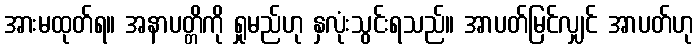
အားမထုတ်ရ။ အနာပတ္တိကို ရှုမည်ဟု နှလုံးသွင်းရသည်။ အာပတ်မြင်လျှင် အာပတ်ဟု